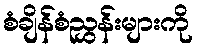
စံချိန်စံညွှန်းများကို